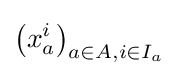
\left(x_{a}^{i}\right)_{a\in A,i\in I_{a}}